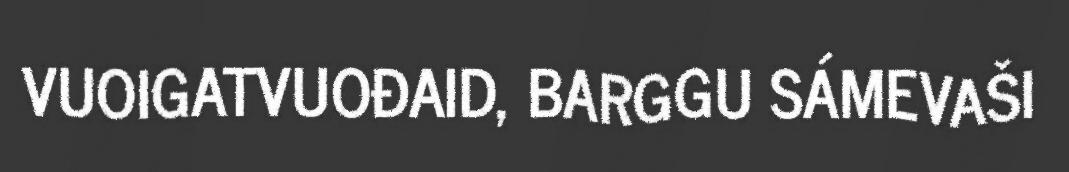
VUOIGATVUOĐAID, BARGGU SÁMEVAŠI